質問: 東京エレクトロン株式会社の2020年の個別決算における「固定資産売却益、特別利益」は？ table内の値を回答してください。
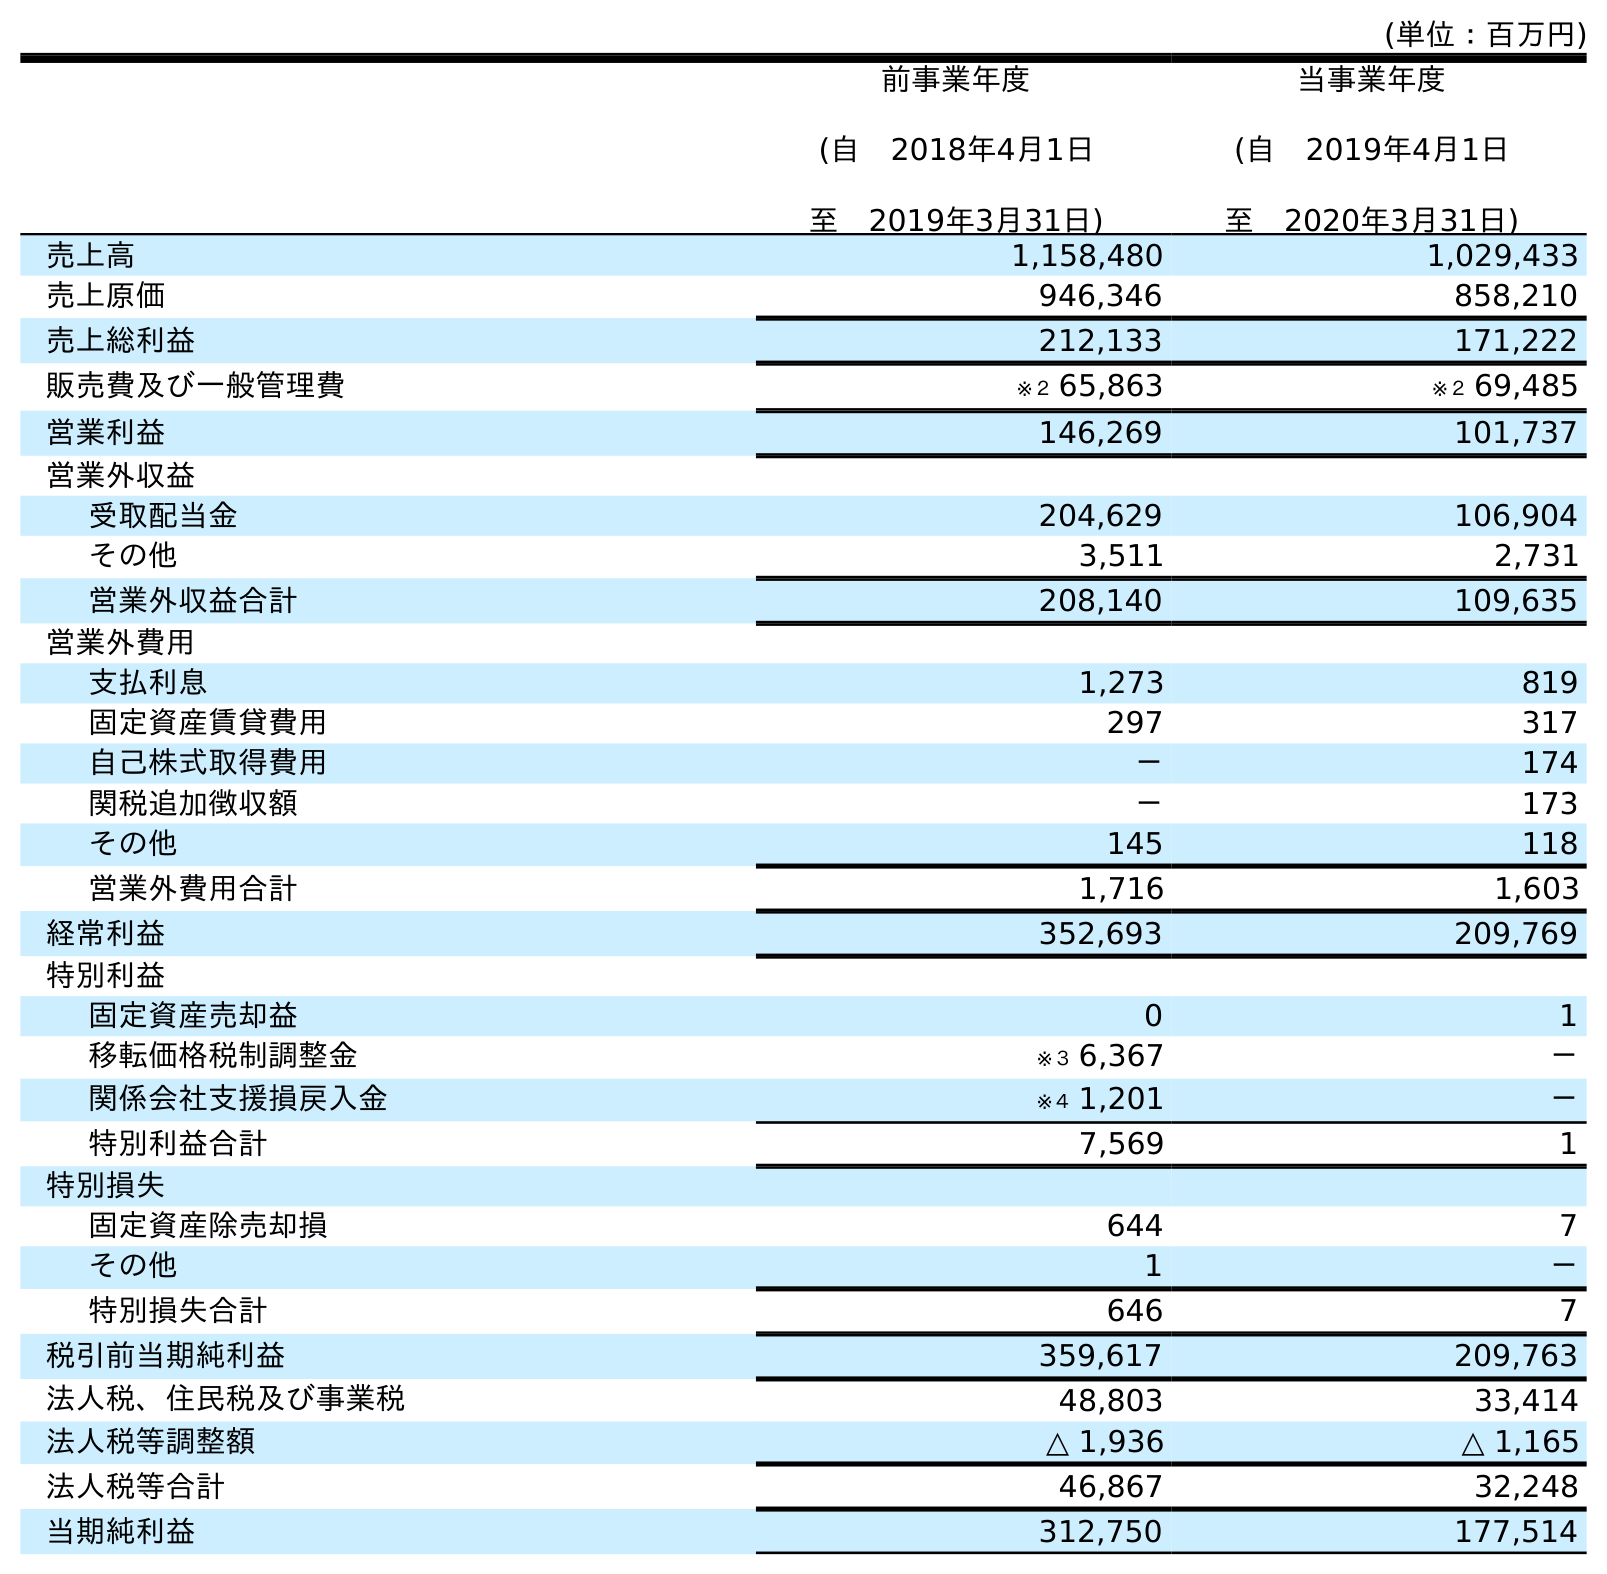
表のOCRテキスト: (単位：百万円) 前事業年度 (自 2018年4月1日 至 2019年3月31日) 当事業年度 (自 2019年4月1日 至 2020年3月31日) 売上高 1,158,480 1,029,433 売上原価 946,346 858,210 売上総利益 212,133 171,222 販売費及び一般管理費 ※２ 65,863 ※２ 69,485 営業利益 146,269 101,737 営業外収益 受取配当金 204,629 106,904 その他 3,511 2,731 営業外収益合計 208,140 109,635 営業外費用 支払利息 1,273 819 固定資産賃貸費用 297 317 自己株式取得費用 － 174 関税追加徴収額 － 173 その他 145 118 営業外費用合計 1,716 1,603 経常利益 352,693 209,769 特別利益 固定資産売却益 0 1 移転価格税制調整金 ※３ 6,367 － 関係会社支援損戻入金 ※４ 1,201 － 特別利益合計 7,569 1 特別損失 固定資産除売却損 644 7 その他 1 － 特別損失合計 646 7 税引前当期純利益 359,617 209,763 法人税、住民税及び事業税 48,803 33,414 法人税等調整額 △ 1,936 △ 1,165 法人税等合計 46,867 32,248 当期純利益 312,750 177,514
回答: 1